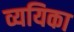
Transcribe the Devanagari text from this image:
व्ययिका